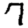
Digit: 7